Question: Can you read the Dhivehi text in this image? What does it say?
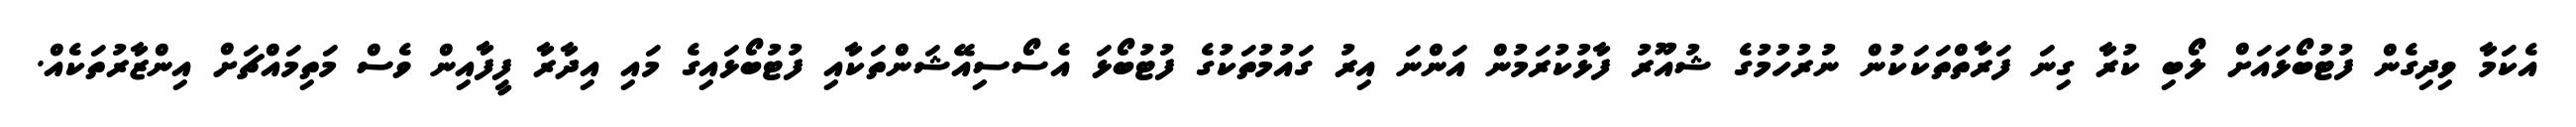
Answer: އެކަމާ ވިދިގެން ފުޓުބޯޅައަށް ލޯބި ކުރާ ގިނަ ފަރާތްތަކަކުން ނުރުހުމުގެ ޝުއޫރު ފާޅުކުރަމުން އަންނަ އިރު ގައުމުތަކުގެ ފުޓުބޯޅަ އެސޯސިއޭޝަންތަކާއި ފުޓުބޯޅައިގެ މައި އިދާރާ ފީފާއިން ވެސް މަތިމައްޗަށް އިންޒާރުތަކެއް.